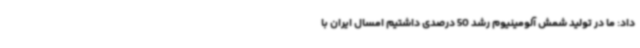
داد: ما در تولید شمش آلومینیوم رشد 50 درصدی داشتیم امسال ایران با